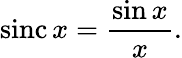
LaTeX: \mathrm{sinc}\, x={\frac{\sin x}{x}}.